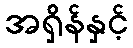
အရှိန်နှင့်